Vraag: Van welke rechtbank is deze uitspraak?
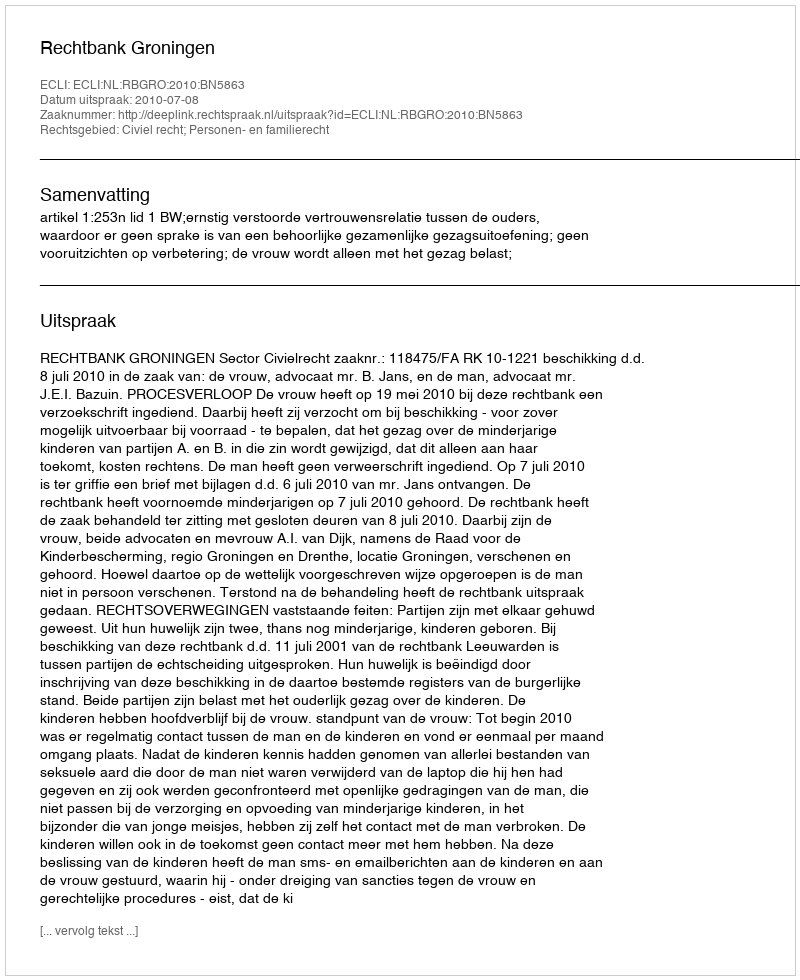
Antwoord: Rechtbank Groningen